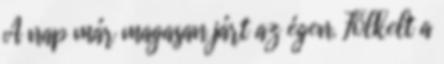
A nap már magasan járt az égen. Fölkelt a